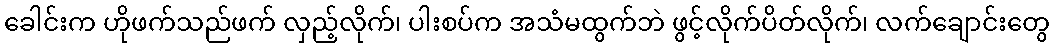
ခေါင်းက ဟိုဖက်သည်ဖက် လှည့်လိုက်၊ ပါးစပ်က အသံမထွက်ဘဲ ဖွင့်လိုက်ပိတ်လိုက်၊ လက်ချောင်းတွေ